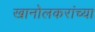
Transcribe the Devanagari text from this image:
खानोलकरांच्या